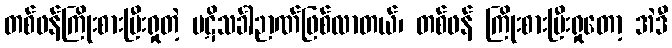
တစ်ဖန်ကြိုးစားပြီးရှုတဲ့ ပဋိသင်္ခါဉာဏ်ဖြစ်လာတယ်၊ တစ်ဖန် ကြိုးစားပြီးရှုတော့ အဲဒီ